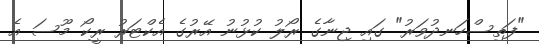
"ފަތިސްހަނދުވަރު" ގައި ޖިނާގެ ރޯލު ކުޅުނު އޭރުގެ އެކްޓަރު ރީކޯ މޫސަ އެ